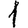
Digit: 1